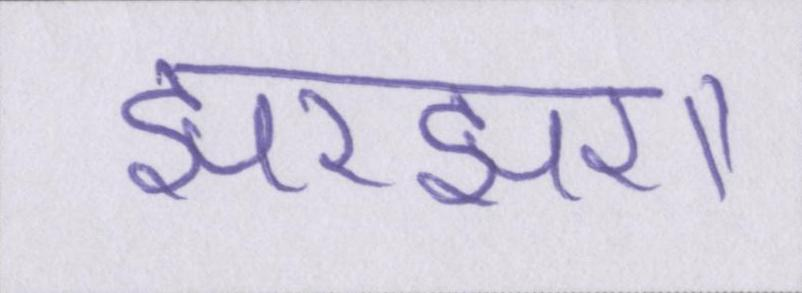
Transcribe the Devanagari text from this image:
झरझरा